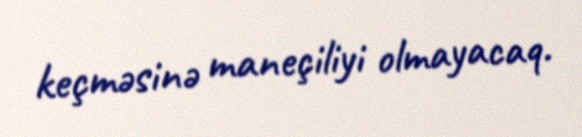
keçməsinə maneçiliyi olmayacaq.